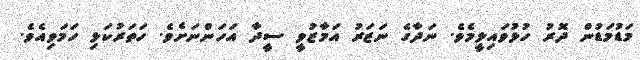
މަޑުމަޑުން ދޮރު ހުޅުވައިލީމެވެ. ނަދާގެ ނަޒަރު އަމާޒުވީ ސީދާ އަހަންނަށެވެ. ހަތަރުކަޅި ހަމަވިއެވެ.